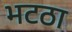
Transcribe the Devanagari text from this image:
भटठा